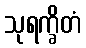
သုရက္ခိတံ